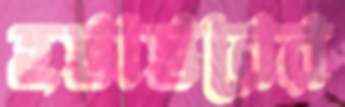
হস্তাস্তরের